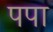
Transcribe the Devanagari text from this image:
पपा